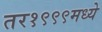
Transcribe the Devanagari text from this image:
तर१९९९मध्ये